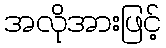
အလိုအားဖြင့်